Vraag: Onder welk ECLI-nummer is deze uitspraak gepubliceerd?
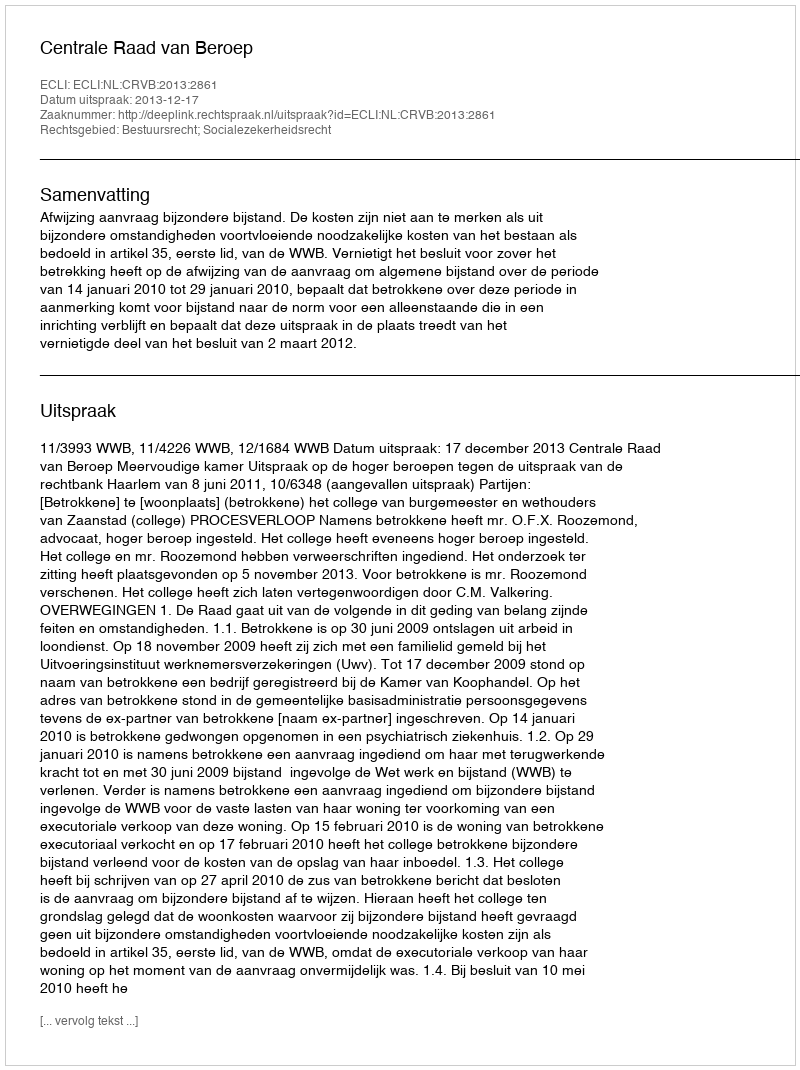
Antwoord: ECLI:NL:CRVB:2013:2861